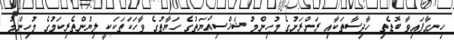
ހިނގާފައިވާ ބޮޑެތި ހާދިސާތަކާއި ރަށްރަށުގެ މުހިންމު ޝަޚްސިއްޔަތުގެ ހަޔާތުގެ ވާހަކަތަކަކީ ލިޔުންތެރިކަމުގެ މުހިންމު